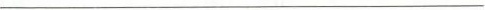
___